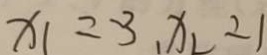
x _ { 1 } = - 3 , x _ { 2 } = 1